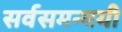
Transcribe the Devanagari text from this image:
सर्वसमन्‍वयी